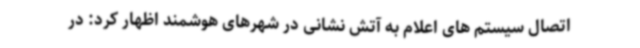
اتصال سیستم های اعلام به آتش نشانی در شهرهای هوشمند اظهار کرد: در